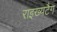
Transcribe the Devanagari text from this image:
राइख्यटैग